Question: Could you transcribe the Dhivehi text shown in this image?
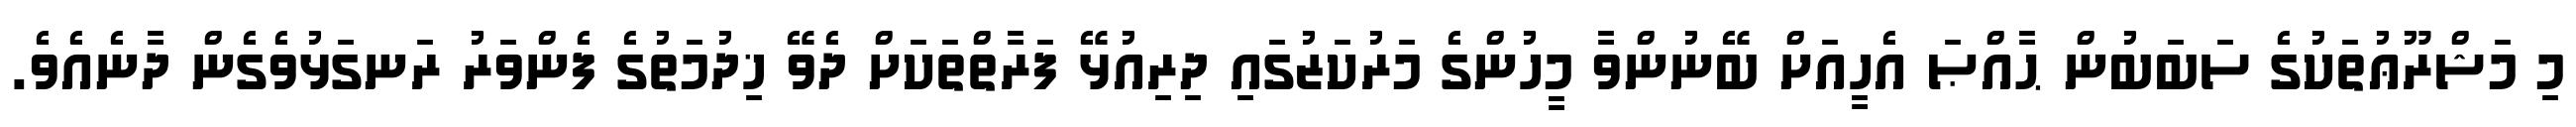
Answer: މި މަޝްރޫޢުތަކުގެ ސަބަބުން ޙާއްޞަ އެހީއަށް ބޭނުންވާ މީހުންގެ މަރުކަޒުގައި ދިރިއުޅޭ ފަރާތްތަކަށް ދެވޭ ޚިދުމަތުގެ ފެންވަރު ރަނގަޅުވެގެން ދާނެއެވެ.